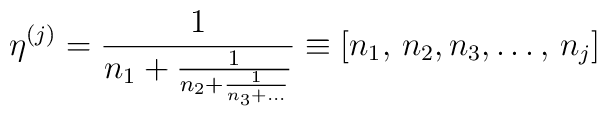
\eta^{(j)}=    \frac{1}{n_1+\frac{1}{n_2    +\frac{1}{n_3+\ldots}}}    \equiv [n_1,\,n_2,n_3,\ldots,\,n_j ]